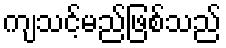
ကျသင့်မည်ဖြစ်သည်